Report of the Municipal Commissioner on the plague in Bombay for the year ending 31st May... - Volume 3
Disease focus: Plague
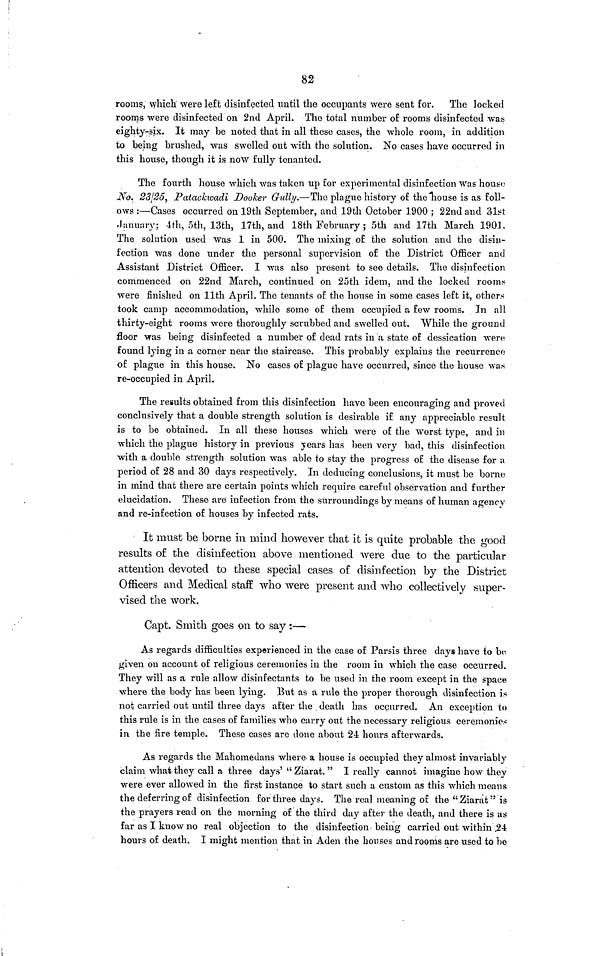
82
rooms, which were left disinfected until the occupants were sent for. The locked
rooms were disinfected on 2nd April. The total number of rooms disinfected was
eighty-six. It may be noted that in all these cases, the whole room, in addition
to being brushed, was swelled out with the solution. No cases have occurred in
this house, though it is now fully tenanted.
The fourth house which was taken up for experimental disinfection was house
No. 23/25, Patackwadi Dooker Gully.—The plague history of the house is as foll-
ows :—Cases occurred on 19th September, and 19th October 1900 ; 22nd and 31st
January; 4th, 5th, 13th, 17th, and 18th February ; 5th and 17th March 1901.
The solution used was 1 in 500. The mixing of the solution and the disin-
fection was done under the personal supervision of the District Officer and
Assistant District Officer. I was also present to see details. The disinfection
commenced on 22nd March, continued on 25th idem, and the locked rooms
were finished on 11th April. The tenants of the house in some cases left it, others
took camp accommodation, while some of them occupied a few rooms. In all
thirty-eight rooms were thoroughly scrubbed and swelled out. While the ground
floor was being disinfected a number of dead rats in a state of dessication were
found lying in a corner near the staircase. This probably explains the recurrence
of plague in this house. No cases of plague have occurred, since the house was
re-occupied in April.
The results obtained from this disinfection have been encouraging and proved
conclusively that a double strength solution is desirable if any appreciable result
is to be obtained. In all these houses which were of the worst type, and in
which the plague history in previous years has been very bad, this disinfection
with a double strength solution was able to stay the progress of the disease for a
period of 28 and 30 days respectively. In deducing conclusions, it must be borne
in mind that there are certain points which require careful observation and further
elucidation. These are infection from the surroundings by means of human agency
and re-infection of houses by infected rats.
It must be borne in mind however that it is quite probable the good
results of the disinfection above mentioned were due to the particular
attention devoted to these special cases of disinfection by the District
Officers and Medical staff who were present and who collectively super-
vised the work.
Capt. Smith goes on to say :—
As regards difficulties experienced in the case of Parsis three days have to be
given on account of religious ceremonies in the room in which the case occurred.
They will as a rule allow disinfectants to be used in the room except in the space
where the body has been lying. But as a rule the proper thorough disinfection is
not carried out until three days after the death has occurred. An exception to
this rule is in the cases of families who carry out the necessary religious ceremonies
in the fire temple. These cases are done about 24 hours afterwards.
As regards the Mahomedans where a house is occupied they almost invariably
claim what they call a three days' " Ziarat. " I really cannot imagine how they
were ever allowed in the first instance to start such a custom as this which means
the deferring of disinfection for three days. The real meaning of the "Ziarat" is
the prayers read on the morning of the third day after the death, and there is as
far as I know no real objection to the disinfection being carried out within 24
hours of death. I might mention that in Aden the houses and rooms are used to be